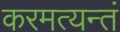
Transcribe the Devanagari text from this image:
करमत्यन्तं